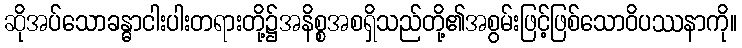
ဆိုအပ်သောခန္ဓာငါးပါးတရားတို့၌အနိစ္စအစရှိသည်တို့၏အစွမ်းဖြင့်ဖြစ်သောဝိပဿနာကို။